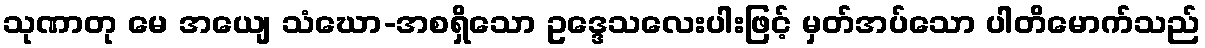
သုဏာတု မေ အယျေ သံဃော-အစရှိသော ဥဒ္ဒေသလေးပါးဖြင့် မှတ်အပ်သော ပါတိမောက်သည်